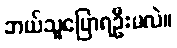
ဘယ်သူပြောရဦးမလဲ။